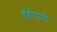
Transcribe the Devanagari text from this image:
हथीयारों